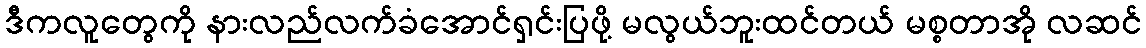
ဒီကလူတွေကို နားလည်လက်ခံအောင်ရှင်းပြဖို့ မလွယ်ဘူးထင်တယ် မစ္စတာအို လဆင်